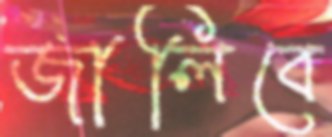
জালিবে